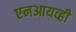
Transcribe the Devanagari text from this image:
एनआयव्ही